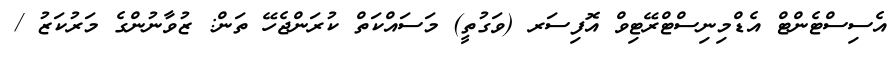
އެސިސްޓެންޓް އެޑްމިނިސްޓްރޭޓިވް އޮފިސަރ (ވަގުތީ) މަސައްކަތް ކުރަންޖެހޭ ތަން: ޒުވާނުންގެ މަރުކަޒު /